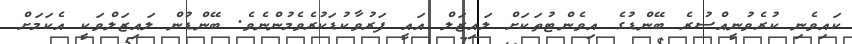
ކައިވެނި ކުރެވުނީއްސުރެ ބޭންޑުގެ އިވެންޓުތަކަށް ލައިޒަލް އައީ ފަރުވާކުޑަކުރެވެމުންނެވެ. ބޭންޑުން ލައިޒަލްވަކީ އެކަމަށް